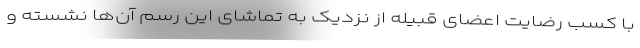
با کسب رضایت اعضای قبیله از نزدیک به تماشای این رسم آن‌ها نشسته و